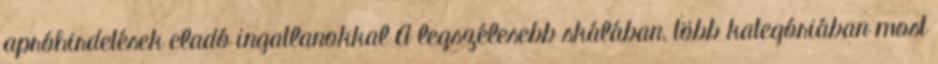
apróhirdetések eladó ingatlanokkal A legszélesebb skálában, több kategóriában most